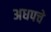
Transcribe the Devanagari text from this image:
अधपचे